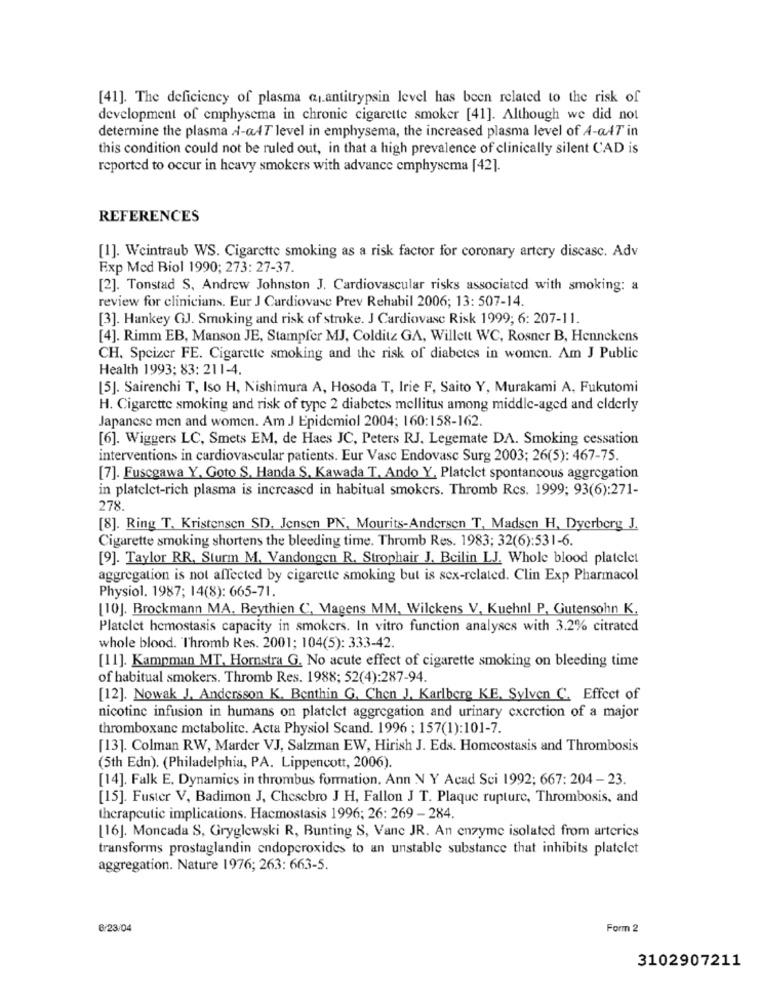
[41]. The deficiency of plasma quantitrypsin level has been related to the risk of
development of emphysema in chronic cigarette smoker [41]. Although we did not
determine the plasma A-aAT level in emphysema, the increased plasma level of A-aAT in
this condition could not be ruled out, in that a high prevalence of clinically silent CAD is
reported to occur in heavy smokers with advance emphysema [42].
REFERENCES
[1]. Weintraub WS. Cigarette smoking as a risk factor for coronary artery discasc. Adv
Exp Med Biol 1990; 273: 27-37.
[2]. Tonstad S, Andrew Johnston J. Cardiovascular risks associated with smoking: a
review for clinicians. Eur J Cardiovasc Prev Rehabil 2006; 13: 507-14.
[3]. Hankey GJ. Smoking and risk of stroke. J Cardiovasc Risk 1999; 6: 207-11.
[4]. Rimm EB, Manson JE, Stampfer MJ, Colditz GA, Willett WC, Rosner B, Hennekens
CH. Spcizer FE. Cigarette smoking and the risk of diabetes in women. Am J Public
Health 1993: 83: 211-4.
[5]. Sairenchi T, Iso H, Nishimura A, Hosoda T, Irie F, Saito Y, Murakami A, Fukutomi
H. Cigarette smoking and risk of type 2 diabetes mellitus among middle-aged and elderly
Japanese men and women. Am J Epidemiol 2004; 160:158-162.
[6]. Wiggers LC, Smets EM, de Haes JC, Peters RJ. Legemate DA. Smoking cessation
interventions in cardiovascular patients. Eur Vasc Endovasc Surg 2003; 26(5): 467-75.
[7]. Fuscgawa Y, Goto S. Handa S, Kawada T, Ando Y, Platelet spontancous aggregation
in platelet-rich plasma is increased in habitual smokers. Thromb Rcs. 1999; 93(6):271-
278.
[8]. Ring T. Kristensen SD, Jensen PN, Mourits-Andersen T, Madsen H, Dyerberg J.
Cigarette smoking shortens the bleeding time. Thromb Res. 1983; 32(6):531-6.
[9]. Taylor RR. Sturm M. Vandongen R. Strophair J. Beilin LJ. Whole blood platelet
aggregation is not affected by cigarette smoking but is sex-related. Clin Exp Pharmacol
Physiol. 1987; 14(8): 665-71.
[10]. Brockmann MA. Beythien C, Vagens MM, Wilckens V, Kuehnl P, Gutensohn K.
Platelet hemostasis capacity in smokers. In vitro function analyses with 3.2% citrated
whole blood. Thromb Res. 2001; 104(5): 333-42.
[11]. Kampman MT, Hornstra G. No acute effect of cigarette smoking on bleeding time
of habitual smokers. Thromb Res. 1988; 52(4):287-94.
[12]. Nowak J. Andersson K. Benthin G. Chen J, Karlberg KE, Sylven C. Effect of
nicotine infusion in humans on platelet aggregation and urinary excretion of a major
thromboxanc metabolite. Acta Physiol Scand. 1996 ; 157(1):101-7.
[13]. Colman RW, Marder VJ, Salzman EW, Hirish J. Eds. Homeostasis and Thrombosis
(5th Edn). (Philadelphia, PA. Lippencott, 2006).
[14]. Falk E. Dynamics in thrombus formation. Ann N Y Acad Sci 1992; 667: 204 - 23.
[15]. Fuster V, Badimon J, Chesebro J H, Fallon J T. Plaque rupture, Thrombosis, and
therapeutic implications. Hacmostasis 1996; 26: 269 - 284.
[16]. Moncada S, Gryglewski R, Bunting S, Vanc JR. An enzyme isolated from arteries
transforms prostaglandin endoperoxides to an unstable substance that inhibits platelet
aggregation. Nature 1976; 263: 663-5.
6/23/04
Form 2
3102907211